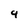
Character: 9